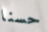
حسنا